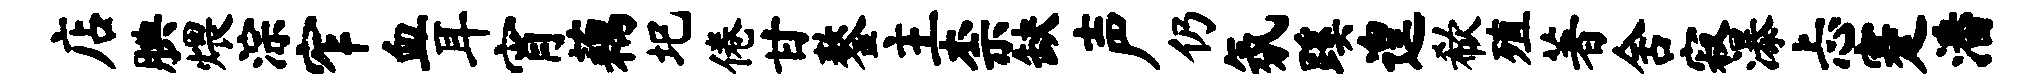
店腆煨淙窄血耳宵藕圯倦甘鏊主柰缺声仍氛蹊遑欷殖著舍寂瀑忐蹇潘